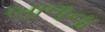
બાળના